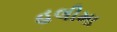
હલીમા